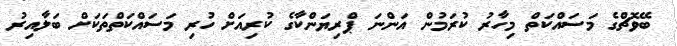
ބޭވޮޗްގެ މަސައްކަތް މިހާރު ކުރަމުން އަންނަ ޕްރިޔަންކާގެ ކުރިއަށް ހުރި މަސައްކަތްތަކަށް ބަލާއިރު